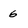
Character: 6